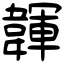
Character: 韗